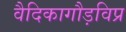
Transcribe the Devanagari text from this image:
वैदिकागौड़विप्र